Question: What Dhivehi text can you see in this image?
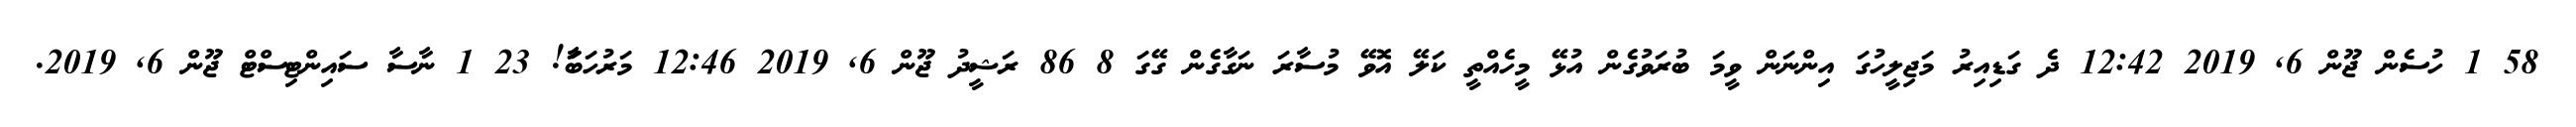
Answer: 58 1 ހުސެން ޖޫން 6, 2019 12:42 ދެ ގަޑިއިރު މަޖިލީހުގަ އިންނަން ވީމަ ބުރަވުގެން އުޅޭ މީހެއްތީ ކަލޭ އޮވޭ މުސާރަ ނަގާގެން ގޭގަ 8 86 ރަޝީދު ޖޫން 6, 2019 12:46 މަރުހަބާަ! 23 1 ނާސާ ސައިންޓިސްޓް ޖޫން 6, 2019.